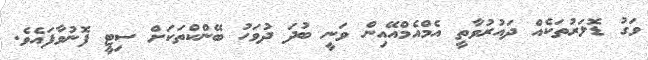
ވަގު ޑޮލަރުތަކެއް ދައުރުވާތީ އެމްއެމްއޭއިން ވަނީ ބުދަ ދުވަހު ބޭންކްތަކަށް ސިޓީ ފޮނުވާފައެވެ.